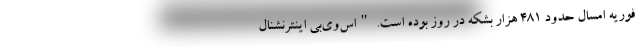
فوریه امسال حدود 481 هزار بشکه در روز بوده است. "اس‌وی‌بی اینترنشنال